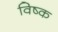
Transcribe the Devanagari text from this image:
विष्क